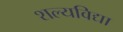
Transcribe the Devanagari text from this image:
शल्यविद्या